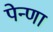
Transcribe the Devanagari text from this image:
पेन्णा